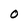
Character: 0